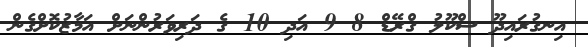
އިނގުރައިދޫ ސްކޫލު ގްރޭޑް 8 9 އަދި 10 ގެ ދަރިވަރުންނަށް އަމާޒުކޮށްގެން